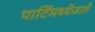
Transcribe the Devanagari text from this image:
पार्टिमध्येजाते